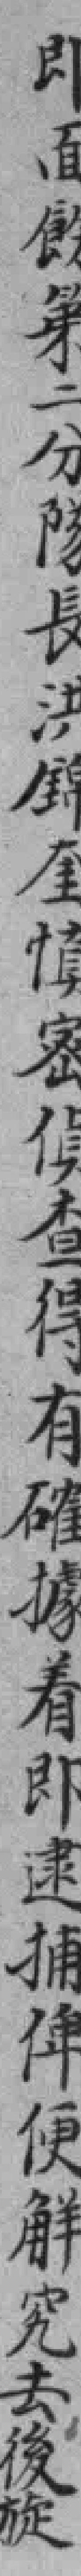
即面飭第二分隊長洪錦奎慎密偵查得有確據着即逮捕俾便觧究去後旋